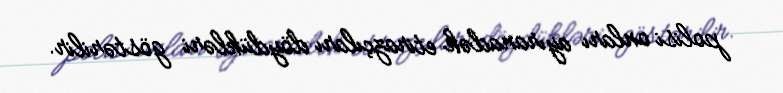
polisi onları ayıranadək etirazçıları döydükləri göstərilir.